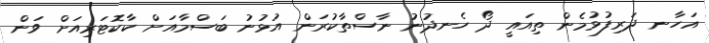
އަހާނ ދަރިފުޅުމެން ތިއައީ ދޯ ހެނދުނު ނާސްތާކުރަން އުޅުނު ބަސްމާއަށް ކާކޮޓަރިއަށް ވަން